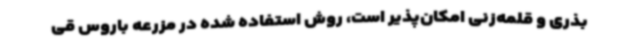
بذری و قلمه‌زنی امکان‌پذیر است، روش استفاده شده در مزرعه باروس قی